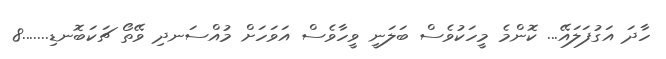
ހާދަ އަގުފަލައޭ... ކޮންމެ މީހަކުވެސް ބަލަނީ ވީހާވެސް އަވަހަށް މުއްސަނދި ވޭތޯ ޗަކަބޮނޑި.......8